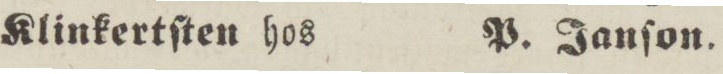
Klinkertſten hos    P. Janſon.